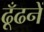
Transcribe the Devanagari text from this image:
ढूँढनें